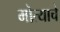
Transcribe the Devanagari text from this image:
मोत्याचे